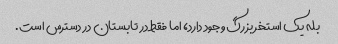
بله یک استخر بزرگ وجود دارد، اما فقط در تابستان در دسترس است.